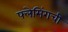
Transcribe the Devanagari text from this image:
फ्लेमिंगची